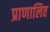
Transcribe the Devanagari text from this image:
प्राणालित